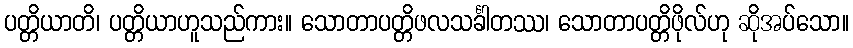
ပတ္တိယာတိ၊ ပတ္တိယာဟူသည်ကား။ သောတာပတ္တိဖလသင်္ခါတဿ၊ သောတာပတ္တိဖိုလ်ဟု ဆိုအပ်သော။